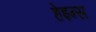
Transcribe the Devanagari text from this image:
हेइन्स